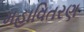
મહાવિતરણ